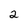
Character: 2